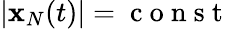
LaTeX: |{\mathbf x}_{N}(t)|=\mathrm{~c~o~n~s~t~}